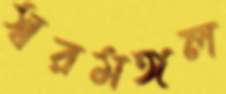
স্বরমঙ্গল